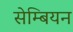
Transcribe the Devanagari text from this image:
सेम्बियन